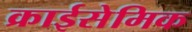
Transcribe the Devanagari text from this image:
क्राईसेमिक